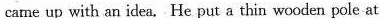
came up with an idea. He put a thin wooden pole at